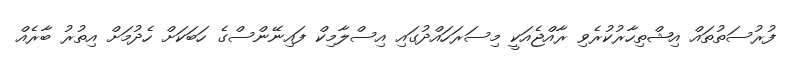
ފުރުސަތުތައް އިޝްތިހާރުކުރެވި ރާއްޖެއަކީ މިސަރަހައްދުގައި އިސްލާމިކް ފައިނޭންސްގެ ހަބަކަށް ހެދުމަށް އިތުރު ބާރެއް